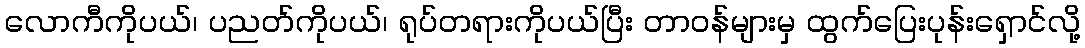
လောကီကိုပယ်၊ ပညတ်ကိုပယ်၊ ရုပ်တရားကိုပယ်ပြီး တာဝန်များမှ ထွက်ပြေးပုန်းရှောင်လို့